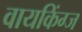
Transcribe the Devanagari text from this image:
वायकिंग्ज